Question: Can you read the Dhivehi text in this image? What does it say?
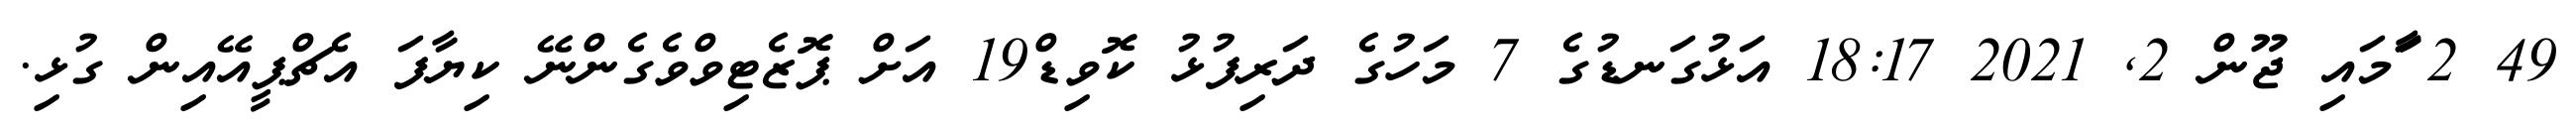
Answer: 49 2 ާަަމައި ޖޫން 2, 2021 18:17 އަޅުގަނޑުގެ 7 މަހުގެ ދަރިފުޅު ކޮވިޑް19 އަށް ޕޮޒެޓިވްވެގެންނޭ ކިޔާފަ އެޗްޕީއޭއިން ގުޅި.